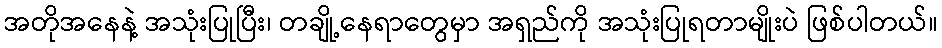
အတိုအနေနဲ့ အသုံးပြုပြီး၊ တချို့နေရာတွေမှာ အရှည်ကို အသုံးပြုရတာမျိုးပဲ ဖြစ်ပါတယ်။